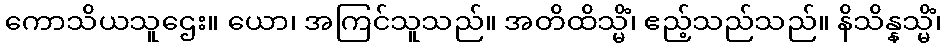
ကောသိယသူဌေး။ ယော၊ အကြင်သူသည်။ အတိထိသ္မိံ၊ ဧည့်သည်သည်။ နိသိန္နသ္မိံ၊